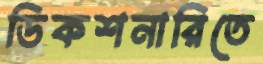
ডিকশনারিতে